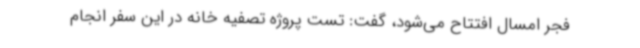
فجر امسال افتتاح می‌شود، گفت: تست پروژه تصفیه خانه در این سفر انجام